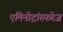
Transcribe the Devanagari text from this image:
एमिनोट्रांस्फरेज